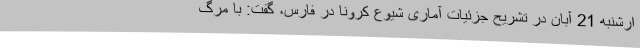
ارشنبه 21 آبان در تشریح جزئیات آماری شیوع کرونا در فارس، گفت: با مرگ